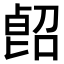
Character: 𠸿